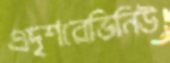
এদৃশরেভিনিউ